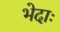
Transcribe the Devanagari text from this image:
भेदाः